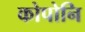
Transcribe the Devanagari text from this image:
कोपोनि